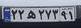
۲۲ه۲۷۳۹۱